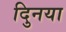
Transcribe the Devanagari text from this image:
दुिनया